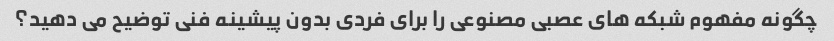
چگونه مفهوم شبکه های عصبی مصنوعی را برای فردی بدون پیشینه فنی توضیح می دهید؟